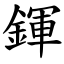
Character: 鍕